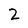
Character: 2